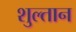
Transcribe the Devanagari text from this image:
शुल्तान